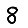
Digit: 8